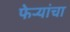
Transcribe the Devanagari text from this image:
फेर्‍यांचा